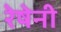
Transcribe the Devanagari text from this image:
रेषेनी